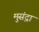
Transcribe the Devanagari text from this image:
मुसंद्रा